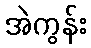
အဲကွန်း